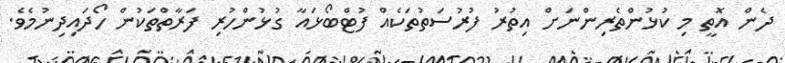
ދެން އޮތީ މި ކުޅުންތެރިންނަށް އިތުރު ފުރުސަތުތަކެއް ފުޓްބޯޅައާ ގުޅުންހުރި ފަރާތްތަކުން ހޯދައިދިނުމެވެ.